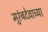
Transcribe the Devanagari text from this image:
मुरंबदेवाच्या